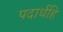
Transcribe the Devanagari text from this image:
पदार्थहि